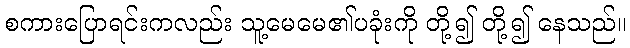
စကားပြောရင်းကလည်း သူ့မေမေ၏ပခုံးကို တို့၍ တို့၍ နေသည်။